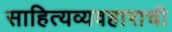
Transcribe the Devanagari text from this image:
साहित्यव्यवहाराची